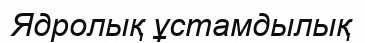
Ядролық ұстамдылық